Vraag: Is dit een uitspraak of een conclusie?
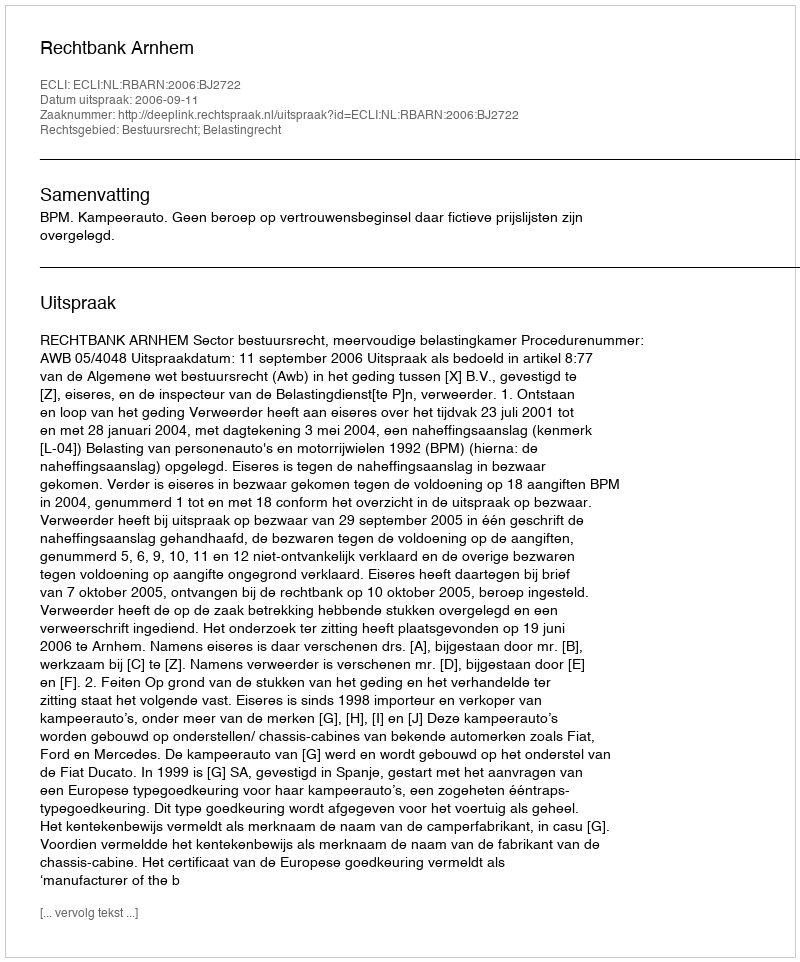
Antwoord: Uitspraak